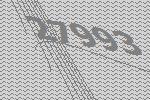
27993